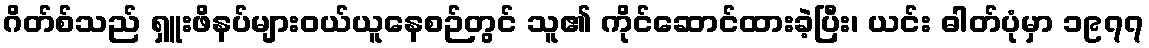
ဂိတ်စ်သည် ရှူးဖိနပ်များဝယ်ယူနေစဉ်တွင် သူ၏ ကိုင်ဆောင်ထားခဲ့ပြီး၊ ယင်း ဓါတ်ပုံမှာ ၁၉၇၇